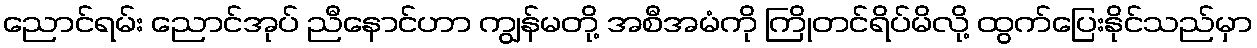
ညောင်ရမ်း ညောင်အုပ် ညီနောင်ဟာ ကျွန်မတို့ အစီအမံကို ကြိုတင်ရိပ်မိလို့ ထွက်ပြေးနိုင်သည်မှာ